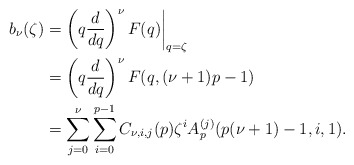
\begin{align*}b_{\nu}(\zeta) &= \left( q\frac{d}{dq}\right)^\nu F(q)\biggr\rvert_{q=\zeta} \\ &= \left( q\frac{d}{dq}\right)^\nu F(q, (\nu + 1)p-1) \\ & = \sum_{j=0}^\nu \sum_{i=0}^{p-1} C_{\nu,i,j}(p)\zeta^iA_p^{(j)}(p(\nu + 1)-1,i,1). \end{align*}